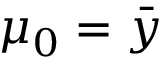
\mu _ { 0 } = \bar { y }